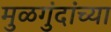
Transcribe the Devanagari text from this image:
मुळगुंदांच्या